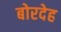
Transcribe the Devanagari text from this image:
बोरदेह